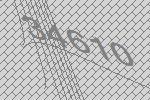
34610